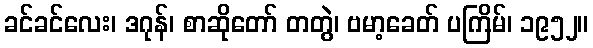
ခင်ခင်လေး၊ ဒဂုန်၊ စာဆိုတော် တတွဲ၊ ဗမာ့ခေတ် ပကြိမ်၊ ၁၉၅၂။